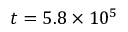
t = 5 . 8 \times 1 0 ^ { 5 }